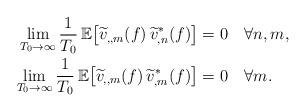
LaTeX: \begin{align*} \lim_{T_0\to\infty}\frac{1}{T_0}\,\mathbb{E}\big[\widetilde{v}_{,,m}(f)\,\widetilde{v}^*_{,n}(f)\big] & = 0\quad\forall n,m,\\ \lim_{T_0\to\infty}\frac{1}{T_0}\,\mathbb{E}\big[\widetilde{v}_{,,m}(f)\,\widetilde{v}_{,m}^*(f)\big] & = 0\quad\forall m. \end{align*}